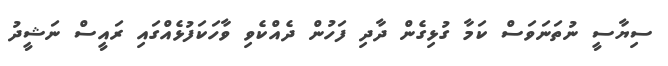
ސިޔާސީ ނުތަނަވަސް ކަމާ ގުޅިގެން ދާދި ފަހުން ދެއްކެވި ވާހަކަފުޅެއްގައި ރައީސް ނަޝީދު